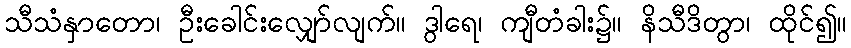
သီသံနှာတော၊ ဦးခေါင်းလျှော်လျက်။ ဒွါရေ၊ ကျီတံခါး၌။ နိသီဒိတွာ၊ ထိုင်၍။